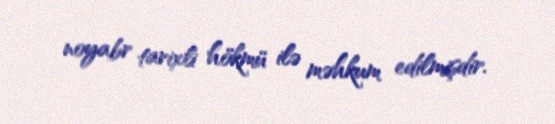
noyabr tarixli hökmü ilə məhkum edilmişdir.